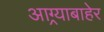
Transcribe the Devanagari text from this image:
आग्र्याबाहेर